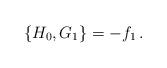
LaTeX: \begin{align*}\{H_0,G_1\}=-f_1\,.\end{align*}